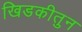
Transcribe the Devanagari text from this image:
खिडकीतुन